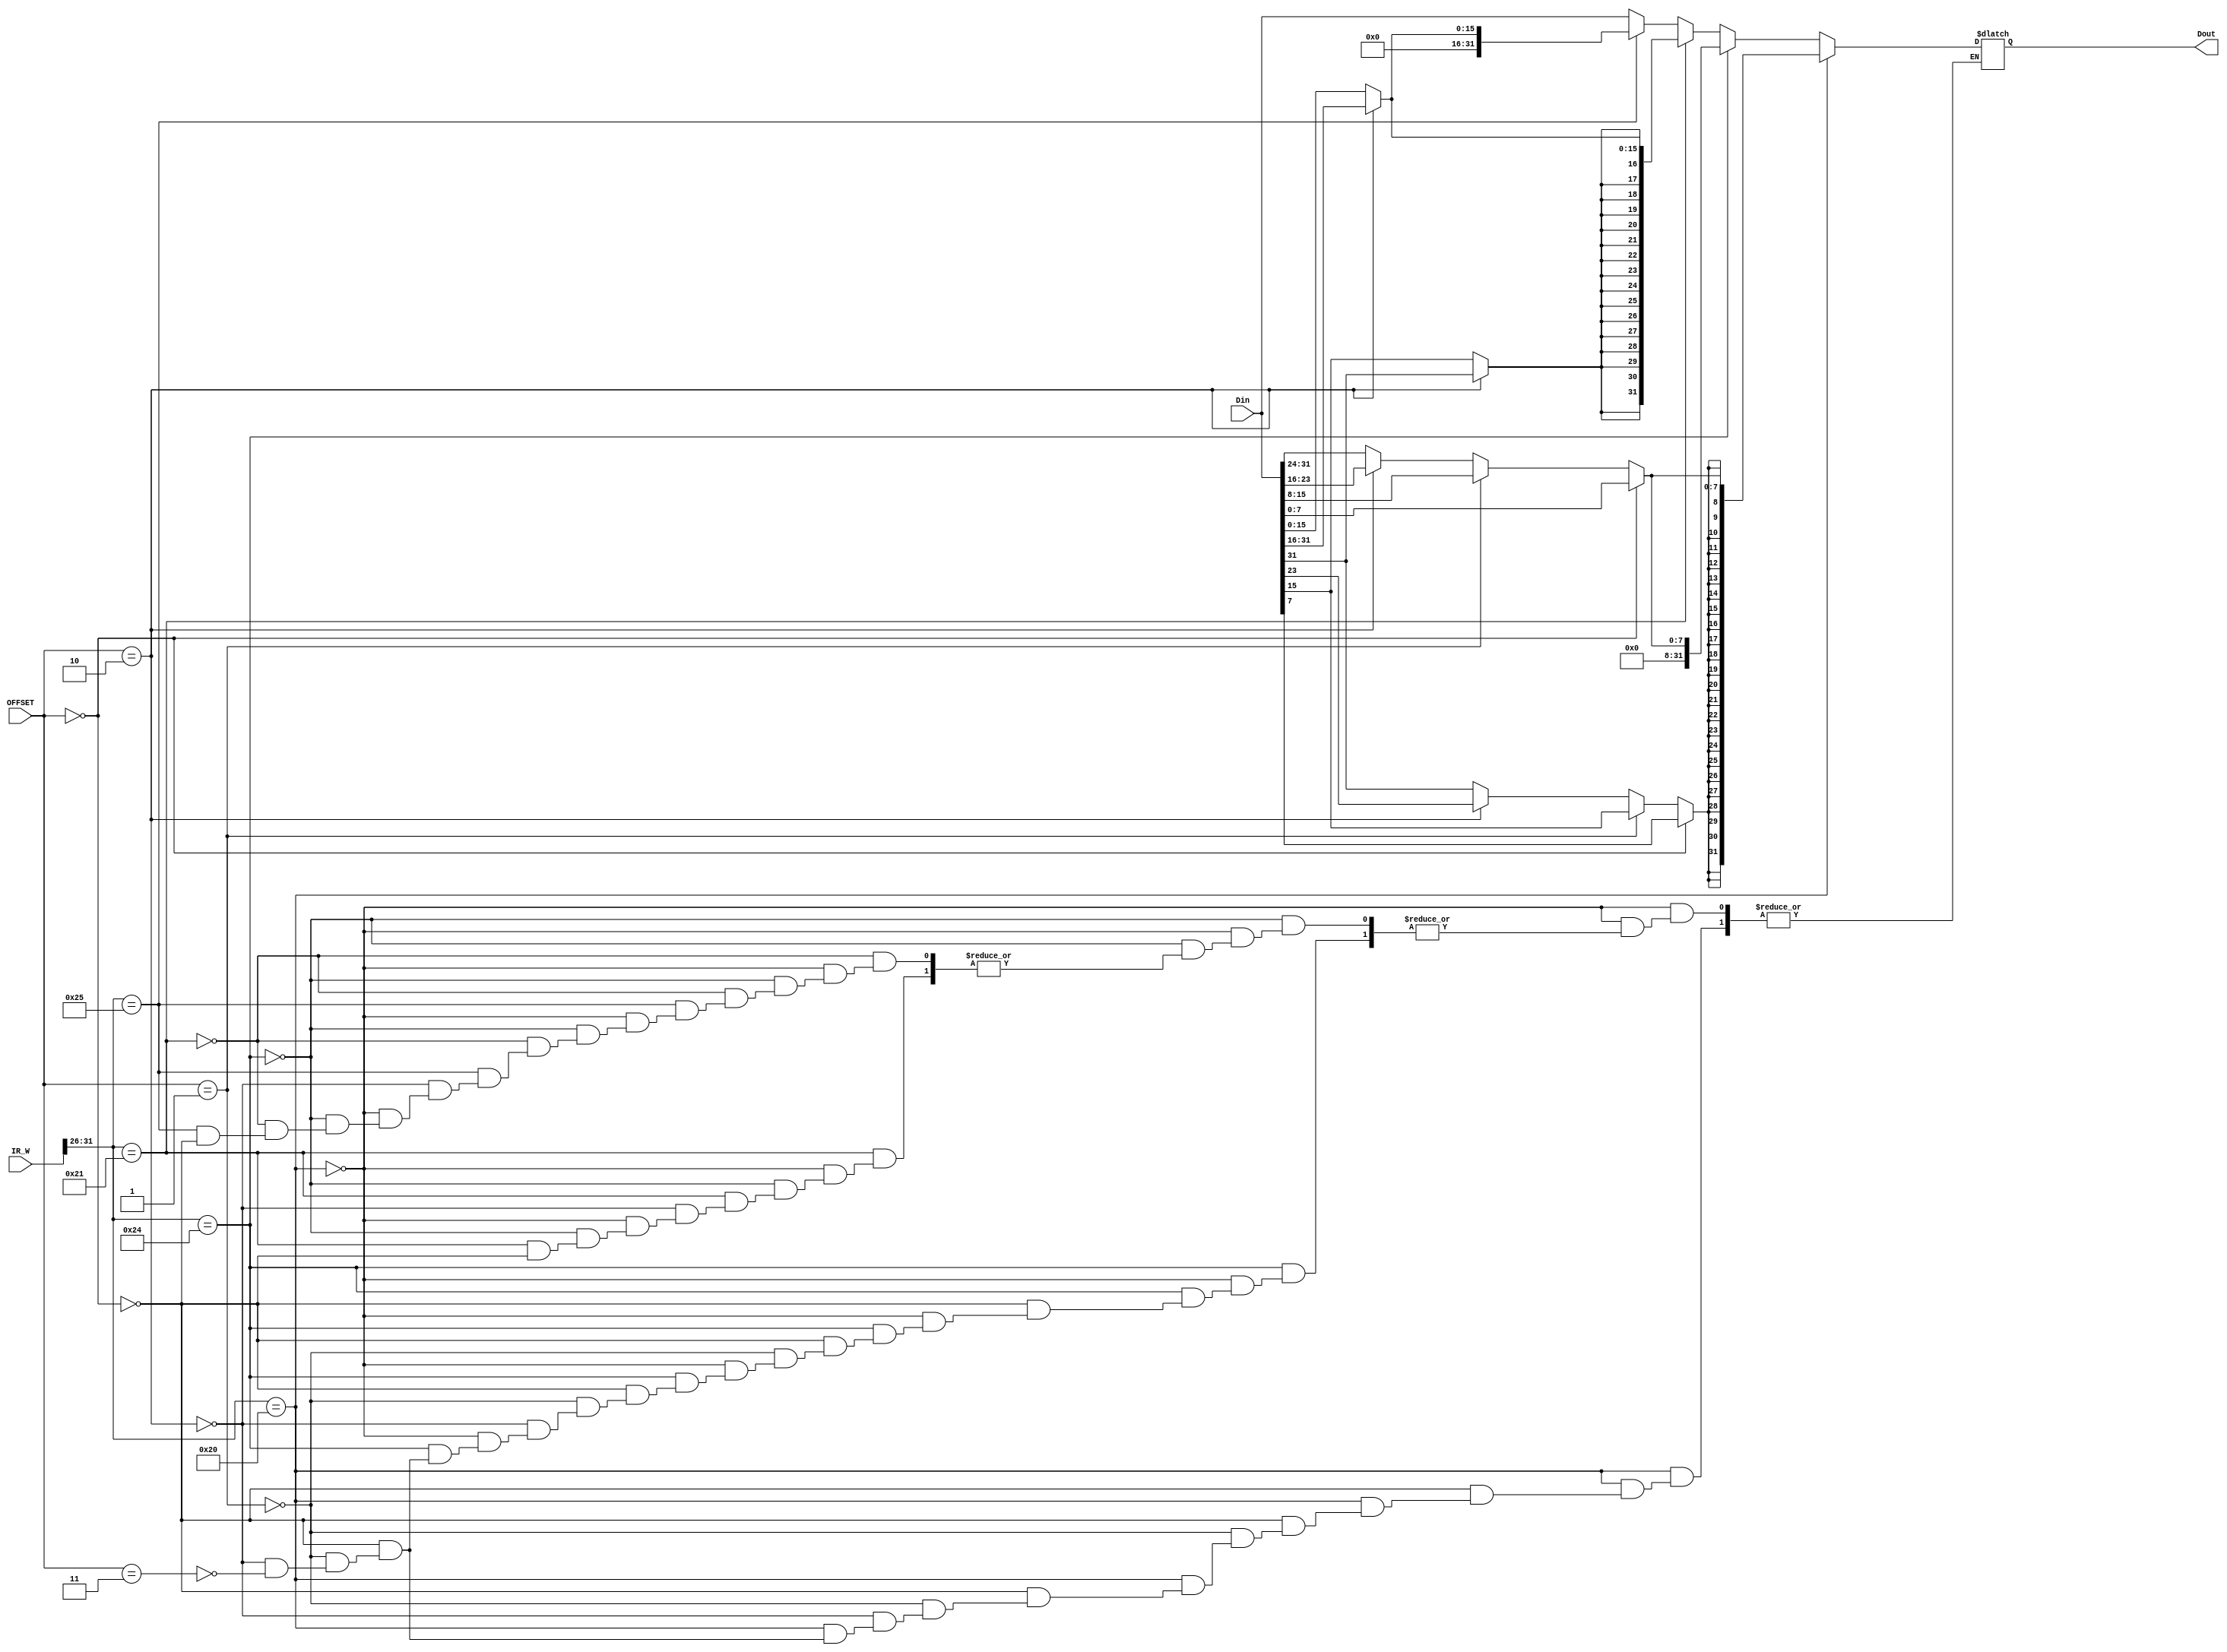
`timescale 1ns / 1ps
//////////////////////////////////////////////////////////////////////////////////
// Company: 
// Engineer: 
// 
// Design Name: 
// Module Name:    DataEXT 
// Project Name: 
// Target Devices: 
// Tool versions: 
// Description: 
//
// Dependencies: 
//
// Revision: 
// Revision 0.01 - File Created
// Additional Comments: 
//
//////////////////////////////////////////////////////////////////////////////////
module DataEXT(Din,IR_W,OFFSET,Dout);
	input [31:0] IR_W,Din;
	input [1:0] OFFSET;
	output reg [31:0] Dout;
	integer i;
	always @(*)
		begin
		if(IR_W[31:26]==6'b100000)	 //lb
			begin
			if(OFFSET==2'b00)
				begin 
				Dout[7:0]=Din[7:0];
				for(i=8;i<=31;i=i+1) Dout[i]=Din[7];
				end
			else if(OFFSET==2'b01)
				begin 
				Dout[7:0]=Din[15:8];
				for(i=8;i<=31;i=i+1) Dout[i]=Din[15];
				end
			else if(OFFSET==2'b10)
				begin 
				Dout[7:0]=Din[23:16];
				for(i=8;i<=31;i=i+1) Dout[i]=Din[23];
				end
			else if(OFFSET==2'b11)
				begin 
				Dout[7:0]=Din[31:24];
				for(i=8;i<=31;i=i+1) Dout[i]=Din[31];
				end
			end
		else if(IR_W[31:26]==6'b100100)	//lbu
			begin
			if(OFFSET==2'b00)
				begin 
				Dout[7:0]=Din[7:0];
				for(i=8;i<=31;i=i+1) Dout[i]=0;
				end
			else if(OFFSET==2'b01)
				begin 
				Dout[7:0]=Din[15:8];
				for(i=8;i<=31;i=i+1) Dout[i]=0;
				end
			else if(OFFSET==2'b10)
				begin 
				Dout[7:0]=Din[23:16];
				for(i=8;i<=31;i=i+1) Dout[i]=0;
				end
			else if(OFFSET==2'b11)
				begin 
				Dout[7:0]=Din[31:24];
				for(i=8;i<=31;i=i+1) Dout[i]=0;
				end
			end
		else if(IR_W[31:26]==6'b100001)	//lh
			begin
			if(OFFSET==2'b00)
				begin
				Dout[15:0]=Din[15:0];
				for(i=16;i<=31;i=i+1) Dout[i]=Din[15];
				end
			if(OFFSET==2'b10)
				begin
				Dout[15:0]=Din[31:16];
				for(i=16;i<=31;i=i+1) Dout[i]=Din[31];
				end
			end
		else if(IR_W[31:26]==6'b100101)	//lhu
			begin
			if(OFFSET==2'b00)
				begin
				Dout[15:0]=Din[15:0];
				for(i=16;i<=31;i=i+1) Dout[i]=0;
				end
			if(OFFSET==2'b10)
				begin
				Dout[15:0]=Din[31:16];
				for(i=16;i<=31;i=i+1) Dout[i]=0;
				end
			end
		else	//lw or other op
			begin
			Dout=Din;
			end
		end

endmodule